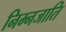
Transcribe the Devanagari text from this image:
निम्नजाति